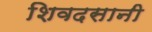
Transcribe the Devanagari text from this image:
शिवदसानी